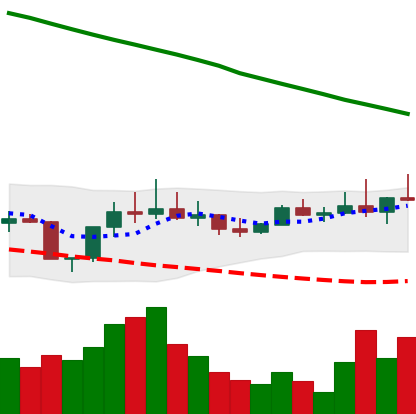
Ticker: DOGE-USD
Chart end date: 2022-08-11
Forward return: 22.605%
Label: up_7plus